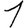
Digit: 1